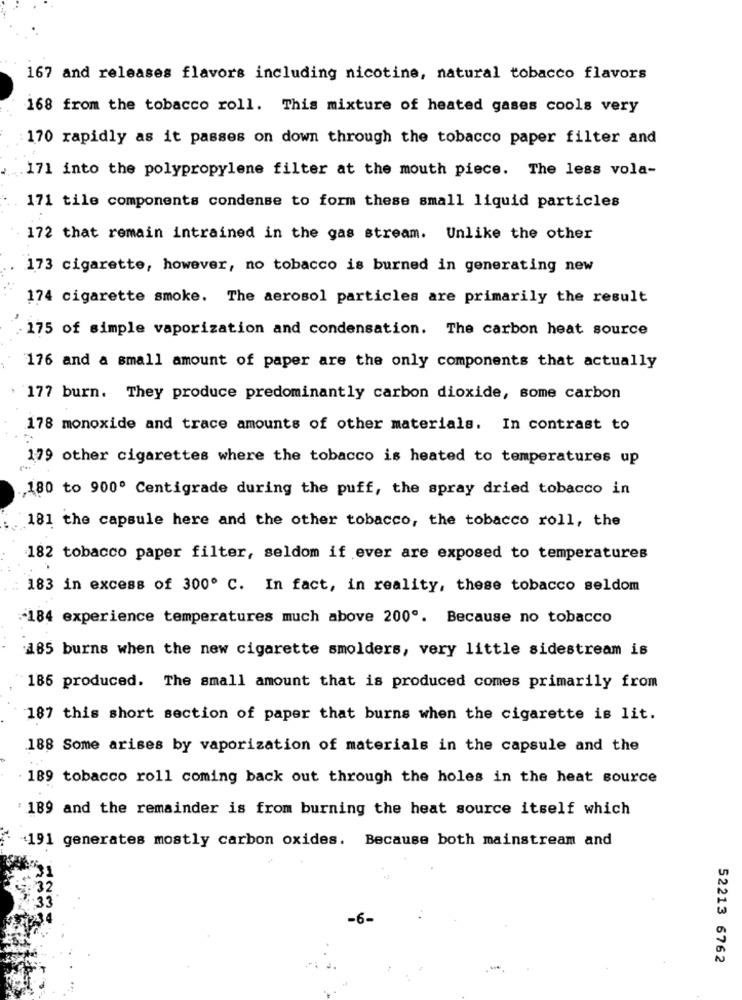
167 and releases flavors including nicotine, natural tobacco flavors
168 from the tobacco roll. This mixture of heated gases cools very
170 rapidly as it passes on down through the tobacco paper filter and
171 into the polypropylene filter at the mouth piece. The less vola-
171 tile components condense to form these small liquid particles
172 that remain intrained in the gas stream. Unlike the other
173 cigarette, however, no tobacco is burned in generating new
174 cigarette smoke. The aerosol particles are primarily the result
175 of simple vaporization and condensation. The carbon heat source
176 and a small amount of paper are the only components that actually
177 burn. They produce predominantly carbon dioxide, some carbon
178 monoxide and trace amounts of other materials. In contrast to
179 other cigarettes where the tobacco is heated to temperatures up
180 to 900º Centigrade during the puff, the spray dried tobacco in
181 the capsule here and the other tobacco, the tobacco roll, the
182 tobacco paper filter, seldom if ever are exposed to temperatures
183 in excess of 300º C. In fact, in reality, these tobacco seldom
-184 experience temperatures much above 200º. Because no tobacco
185 burns when the new cigarette smolders, very little sidestream is
186 produced. The small amount that is produced comes primarily from
187 this short section of paper that burns when the cigarette is lit.
188 Some arises by vaporization of materials in the capsule and the
. 189 tobacco roll coming back out through the holes in the heat source
: 189 and the remainder is from burning the heat source itself which
191 generates mostly carbon oxides. Because both mainstream and
52213 6762